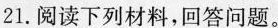
21.阅读下列材料，回答问题。